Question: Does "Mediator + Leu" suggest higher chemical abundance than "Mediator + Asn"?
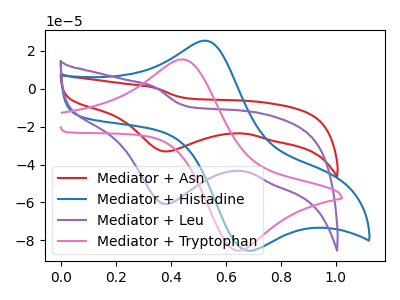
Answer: <think>The red curve "Mediator + Asn" has a cathodic peak at: (0.40V, -33.10uA). The blue curve "Mediator + Histadine" has an anodic peak at (0.50V, 25.30uA) and a cathodic peak at (0.65V, -84.95uA). The purple curve "Mediator + Leu" has a cathodic peak at: (0.40V, -60.85uA). The pink curve "Mediator + Tryptophan" has an anodic peak at (0.45V, 15.40uA) and a cathodic peak at (0.65V, -85.20uA).
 All the peaks in "Mediator + Leu" have a peak in "Mediator + Asn" at the same potential. Every peak in "Mediator + Leu" is higher than every peak in "Mediator + Asn".</think>
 <answer>"Mediator + Leu" has more signal than "Mediator + Asn".</answer>
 <eval>more_signal</eval>